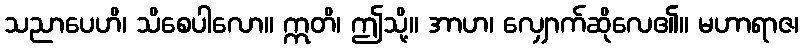
သညာပေဟိ၊ သိစေပါလော။ ဣတိ၊ ဤသို့။ အာဟ၊ လျှောက်ဆိုလေ၏။ မဟာရာဇ၊